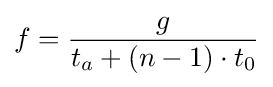
f={\frac {g}{t_{a}+(n-1)\cdot t_{0}}}